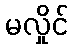
မလှိုင်